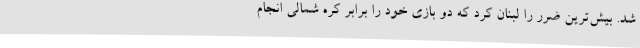
شد. بیش‌ترین ضرر را لبنان کرد که دو بازی خود را برابر کره شمالی انجام